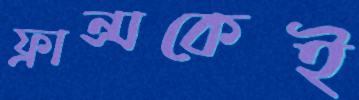
ফ্রান্সকেই